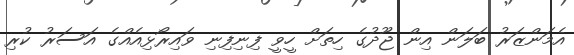
އެމަންޒަރު ބަލަން އިން ޖޫދުގެ ހިތަށް ހީވީ ފިނިފިިނި ވައިރޯޅިއެއްގެ އަސަރު ކުރި